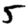
Digit: 5